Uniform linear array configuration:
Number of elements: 64
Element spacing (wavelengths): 1
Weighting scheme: kaiser
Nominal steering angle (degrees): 30
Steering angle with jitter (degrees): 30.111
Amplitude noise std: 0.05
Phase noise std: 0.05

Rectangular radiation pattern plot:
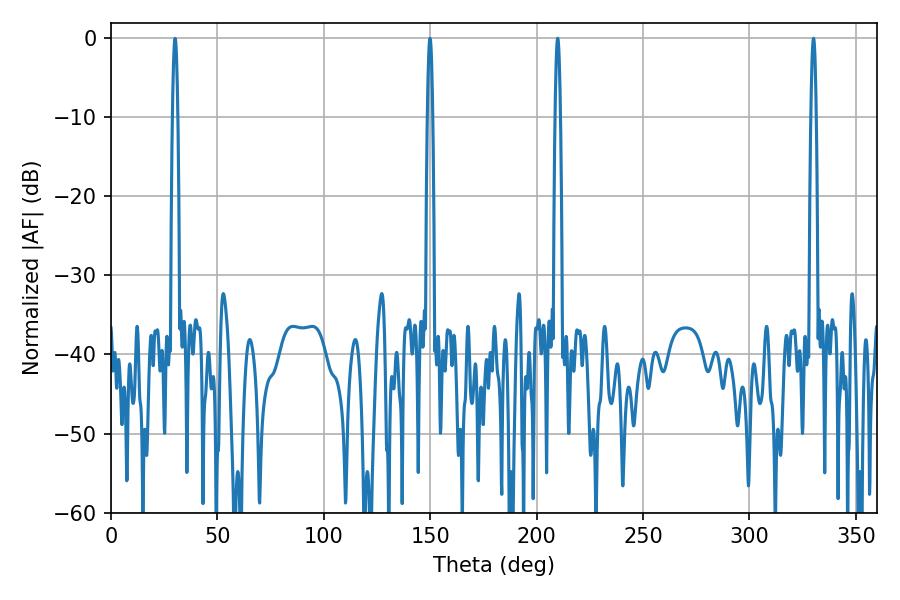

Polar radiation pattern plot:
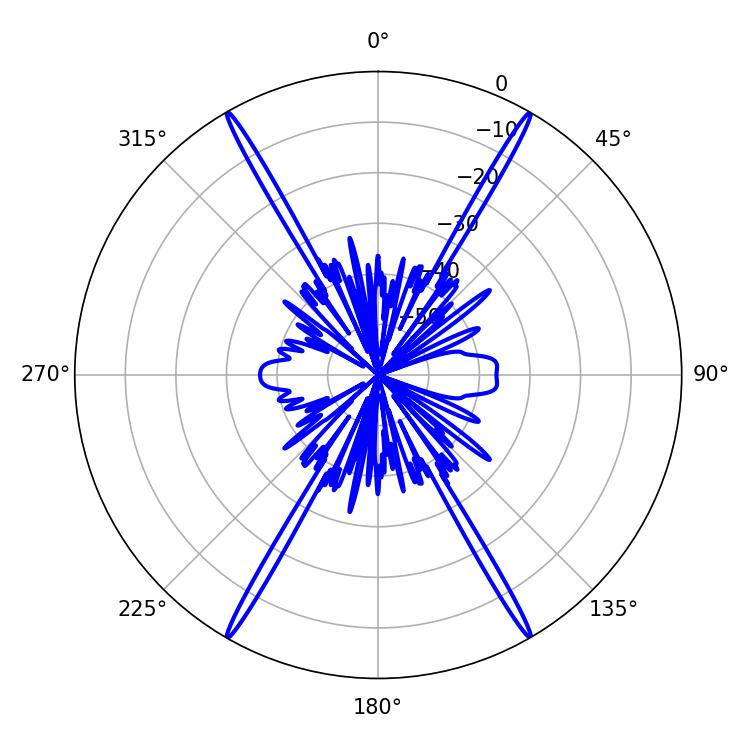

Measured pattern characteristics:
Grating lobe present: TRUE
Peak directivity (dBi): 38.721
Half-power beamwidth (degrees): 1.26
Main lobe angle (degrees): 209.88